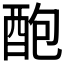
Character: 𨠖